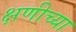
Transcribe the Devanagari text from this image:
क्षणीच्या